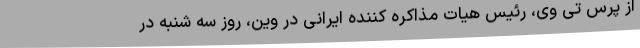
از پرس تی وی، رئیس هیات مذاکره کننده ایرانی در وین، روز سه شنبه در